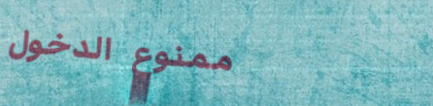
ممنوع الدخول